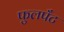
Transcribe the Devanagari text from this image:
फुलपँट